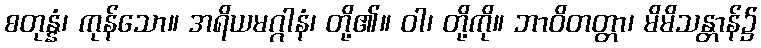
စတုန္နံ၊ ကုန်သော။ အရိယမဂ္ဂါနံ၊ တို့၏။ ဝါ၊ တို့ကို။ ဘာဝိတတ္တာ၊ မိမိသန္တာန်၌